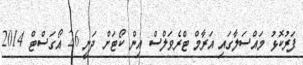
ފަރުކޮޅު މައްސަލާގައި އަރާމް ޓްރެވަލްސް އިން ކޯޓަށް ދަނީ 26 އޯގަސްޓް 2014